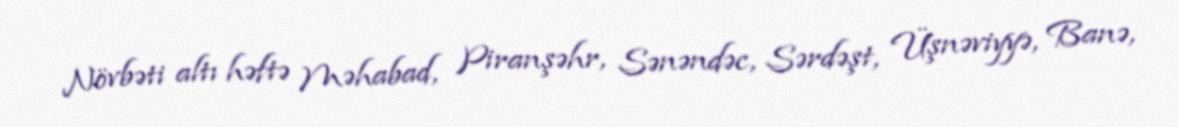
Növbəti altı həftə Məhabad, Piranşəhr, Sənəndəc, Sərdəşt, Üşnəviyyə, Banə,